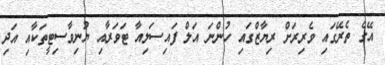
އޭގެ ތެރޭގައި ވެރިރަށް ރިޔާޒްގައި ހުންނަ އަލް ފައިސަލިއާ ޓަވަރާއި ޔުނިވާސިޓީތަކާއި އަދި